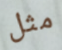
مثل